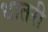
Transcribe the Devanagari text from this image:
धातरी